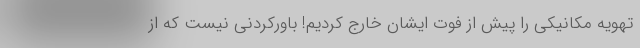
تهویه مکانیکی را پیش از فوت ایشان خارج کردیم! باورکردنی نیست که از